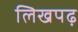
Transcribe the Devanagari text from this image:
लिखपढ़